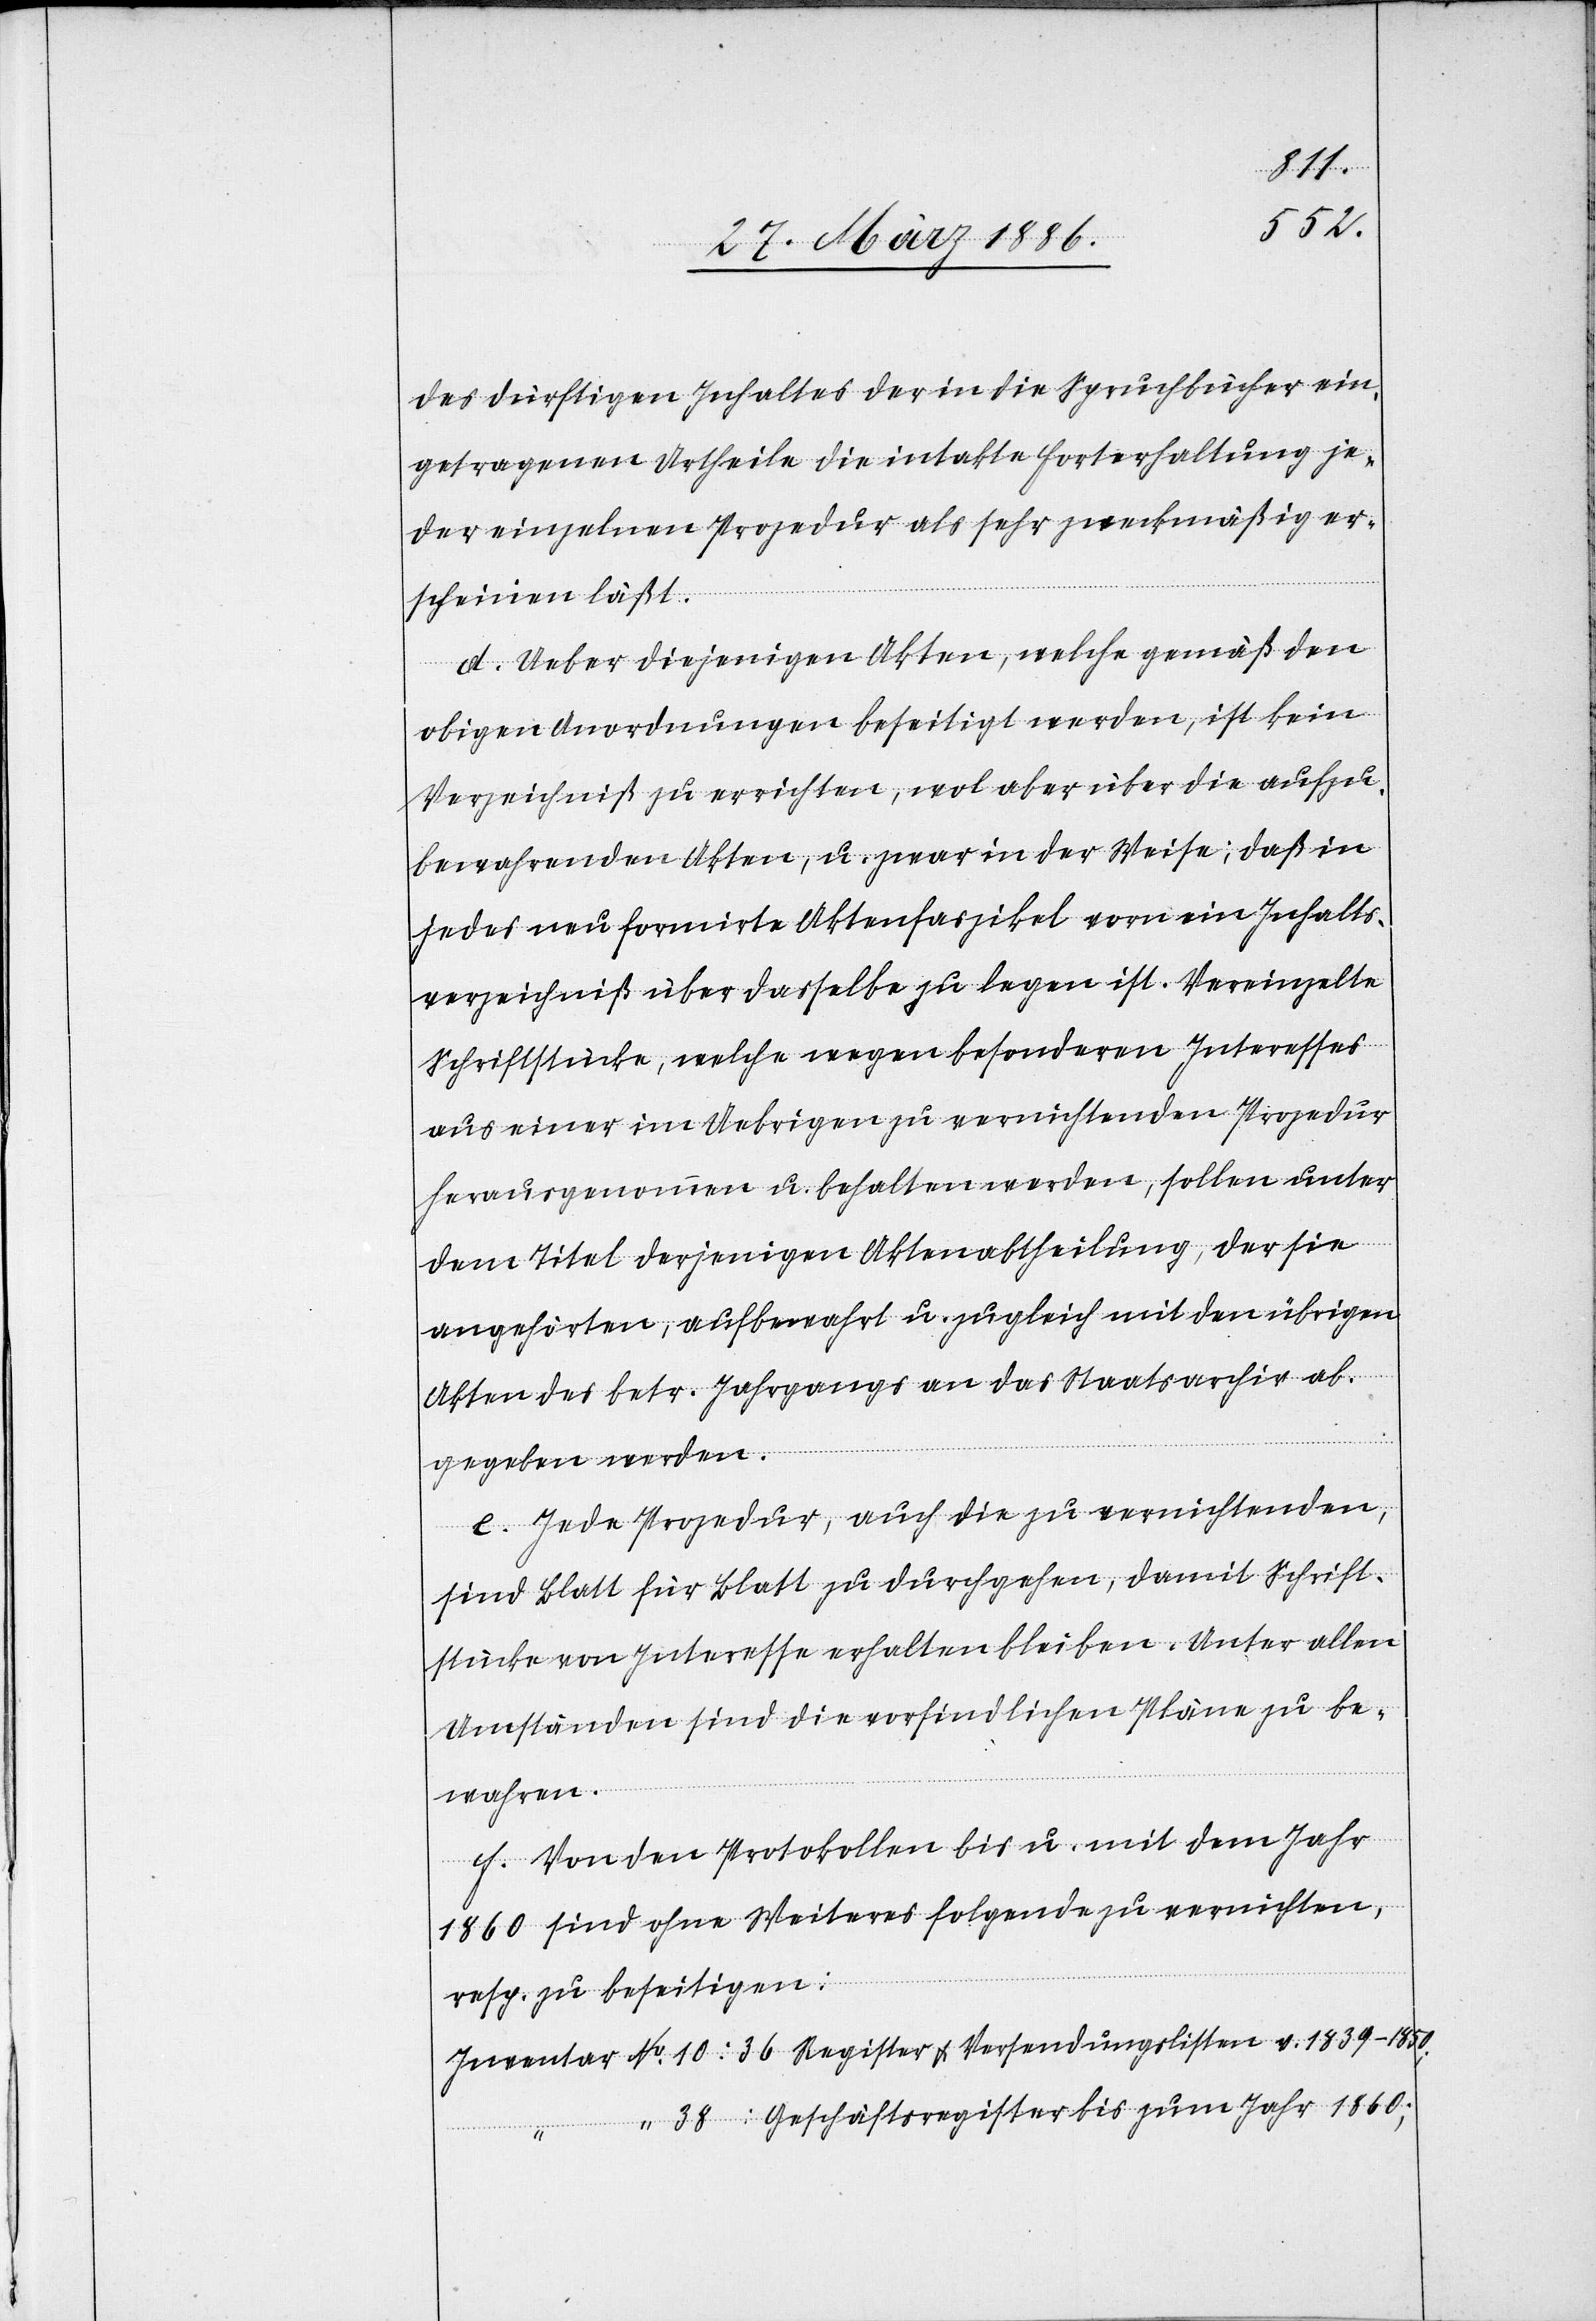
No.
38:
des dürftigen Inhaltes der in die Spruchbücher ein¬
getragenen Urtheile die intakte Forterhaltung je¬
der einzelnen Prozedur als sehr zweckmäßig er¬
scheinen läßt.
d. Ueber diejenigen Akten, welche gemäß den
obigen Anordnungen beseitigt werden, ist kein
Verzeichniß zu errichten, wol aber über die aufzu¬
bewahrenden Akten, u. zwar in der Weise, daß in
jedes neu formirte Aktenfaszikel vorn ein Inhalts¬
verzeichniß über dasselbe zu legen ist. Vereinzelte
Schriftstücke, welche wegen besonderen Interesses
aus einer im Uebrigen zu vernichtenden Prozedur
herausgenommen u. behalten werden, sollen unter
dem Titel derjenigen Aktenabtheilung, der sie
angehörten, aufbewahrt u. zugleich mit den übrigen
Akten des betr. Jahrganges an das Staatsarchiv ab¬
gegeben werden.
e. Jede Prozedur, auch die zu vernichtenden,
sind Blatt für Blatt zu durchgehen, damit Schrift¬
stücke von Interesse erhalten bleiben. Unter allen
Umständen sind die vorfindlichen Pläne zu be¬
wahren.
f. Von den Protokollen bis u. mit dem Jahr
1860 sind ohne Weiteres folgende zu vernichten,
resp. zu beseitigen: